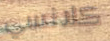
كلانسي